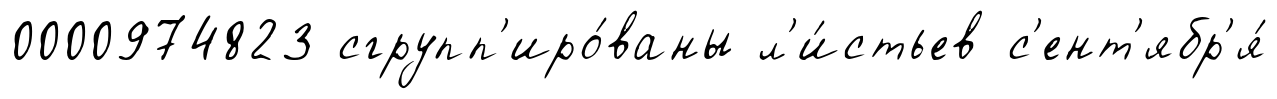
0000974823 сгрупп'иро́ваны л'и́стьев с'ент'ябр'я́